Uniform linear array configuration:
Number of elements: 64
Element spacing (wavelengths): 0.25
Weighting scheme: binomial
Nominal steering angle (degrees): -60
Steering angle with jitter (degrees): -58.254
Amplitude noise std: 0.05
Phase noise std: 0.05

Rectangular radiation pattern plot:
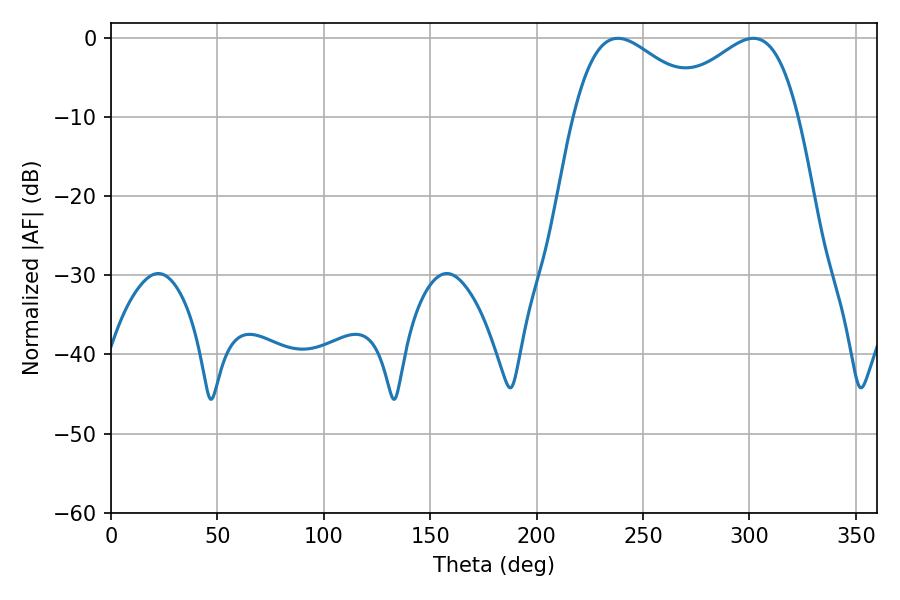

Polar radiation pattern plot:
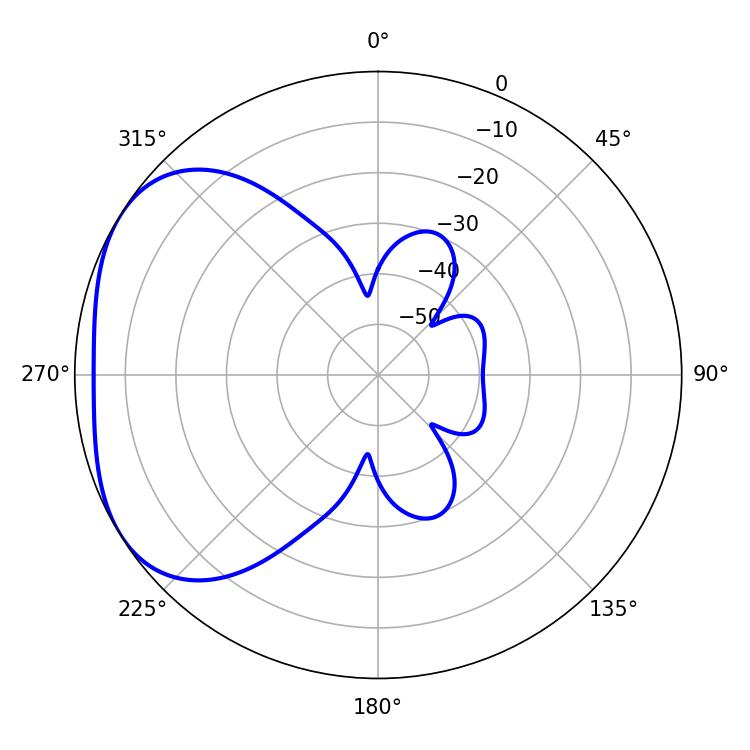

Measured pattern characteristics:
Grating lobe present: FALSE
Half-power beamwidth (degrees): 34.02
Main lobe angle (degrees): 238.14